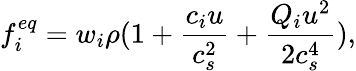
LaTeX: f_{i}^{eq}=w_{i}\rho(1+\frac{c_{i}u}{c_{s}^{2}}+\frac{Q_{i}u^{2}}{2c_{s}^{4}}),